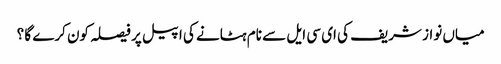
میاں نواز شریف کی ای سی ایل سے نام ہٹانے کی اپیل پر فیصلہ کون کرے گا ؟